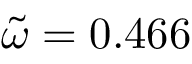
\tilde { \omega } = 0 . 4 6 6